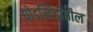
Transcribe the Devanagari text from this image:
घोडखिंडीतील